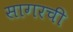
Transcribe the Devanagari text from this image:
सागरची